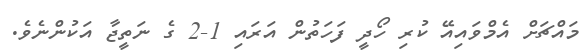
މައްޗަށް އެމްވައިއޭ ކުރި ހޯދީ ފަހަތުން އަރައި 1-2 ގެ ނަތީޖާ އަކުންނެވެ.